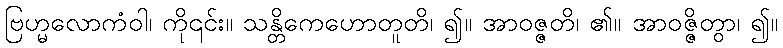
ဗြဟ္မလောကံဝါ၊ ကို၎င်း။ သန္တိကေဟောတူတိ၊ ၍။ အာဝဇ္ဇတိ၊ ၏။ အာဝဇ္ဇိတွာ၊ ၍။